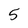
Character: 5